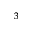
_ 3